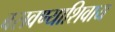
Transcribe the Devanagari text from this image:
बसवण्याशिवाय